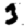
Digit: 3